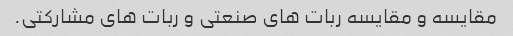
مقایسه و مقایسه ربات های صنعتی و ربات های مشارکتی.